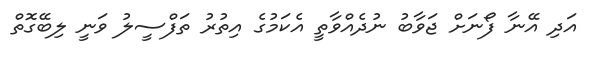
އަދި އޭނާ ފޯނަށް ޖަވާބު ނުދެއްވާތީ އެކަމުގެ އިތުރު ތަފްސީލު ވަނީ ލިބޭގޮތް